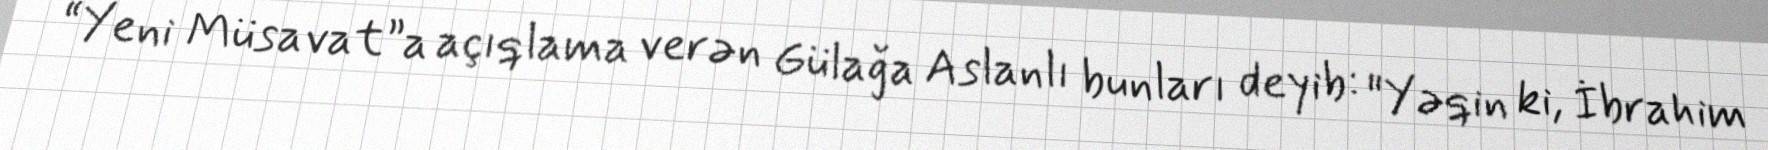
“Yeni Müsavat”a açıqlama verən Gülağa Aslanlı bunları deyib: "Yəqin ki, İbrahim